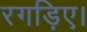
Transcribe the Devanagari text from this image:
रगड़िए।